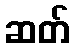
ဆတ်